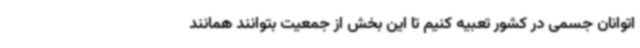
اتوانان جسمی در کشور تعبیه کنیم تا این بخش از جمعیت بتوانند همانند